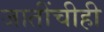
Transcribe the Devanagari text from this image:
जातींचीही